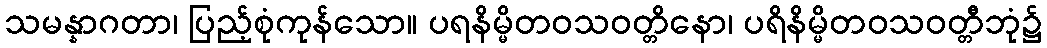
သမန္နာဂတာ၊ ပြည့်စုံကုန်သော။ ပရနိမ္မိတဝသဝတ္တိနော၊ ပရိနိမ္မိတဝသဝတ္တီဘုံ၌